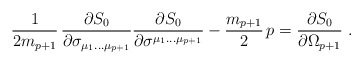
\begin{align*}{1\over 2 m_{p+1}}\,{ \partial S_0\over \partial \sigma_{\mu_1\dots\mu_{p+1} }} {\partial S_0\over \partial\sigma^{\mu_1\dots\mu_{p+1}}} -\frac{m_{p+1}}{2}\, p = {\partial S_0\over\partial \Omega_{p+1}}\ . \end{align*}